Lunatic asylums Punjab 1911-1921 - 1911-1921
Year: 1911
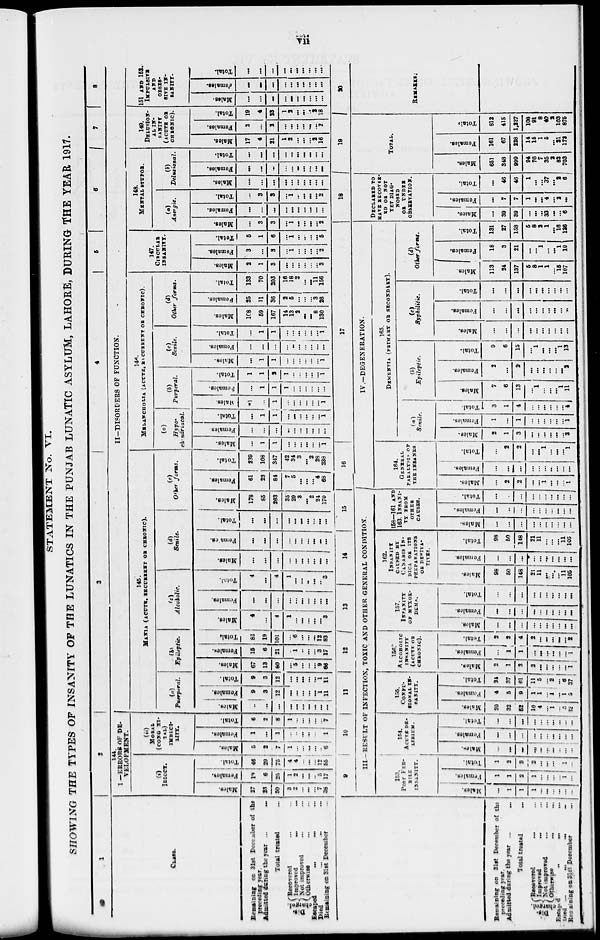
vii
STATEMENT No. VI.
SHOWING THE TYPES OF INSANITY OF THE LUNATICS IN THE PUNJAB LUNATIC ASYLUM, LAHORE, DURING THE YEAR 1917.
1
CLASS.
Remaining on 31st December of the
preceding year.
Admitted during the year
...
...
Total treated ...
Dis-
charged.
Recovered ... ...
Improved
...
...
Not improved ... ...
Otherwise ... ...
Escaped ... ... ...
Died ... ... ...
Remaining on 31st December ...
2
144.
I—ERRORS OF DE-
VELOPMENT-
(i)
IDIOCY.
Males.
27
23
50
3
2
...
...
...
7
38
Females.
19
6
25
1
2
...
...
...
5
17
Total.
46
29
75
4
4
...
...
...
12
55
(ii)
MORAL
(CONG NI-
TAL
IMBECI-
LITY.
Males.
5
2
7
1
...
...
...
...
...
6
Females.
1
...
1
...
...
...
...
...
...
1
Total.
6
2
8
1
...
...
...
...
...
7
3
4
5
6
7
8
II-DISORDERS OF FUNCTION.
145.
MANIA (ACUTE, RECURRENT OR CHRONIC).
(a)
Puerperal.
Males.
...
...
...
...
...
...
...
...
...
...
Females.
9
3
12
...
...
...
...
...
1
11
Total.
9
3
12
...
...
...
...
...
1
11
(b)
Epileptic.
Males.
67
13
80
...
5
...
...
...
9
66
Females.
15
6
21
...
1
...
...
...
3
17
Total.
82
19
101
...
6
...
...
...
12
83
(c)
Alcoholic.
Males.
4
...
4
1
...
...
...
...
...
3
Females.
...
...
...
...
...
...
...
...
...
...
Total.
4
...
4
1
...
...
...
...
...
3
(d)
Senile.
Males.
...
...
...
...
...
...
...
...
...
...
Females.
...
...
...
...
...
...
...
...
...
...
Total.
...
...
...
...
...
...
...
...
...
...
(e)
Other forms.
Males.
178
85
263
35
29
3
...
2
24
170
Females.
61
23
84
7
5
...
...
...
4
68
Total.
239
108
347
42
34
3
...
2
28
238
146.
MELANCHOLIA (ACUTE, RECURRENT OR CHRONIC).
(a)
Hypo-
chondriacal.
Males.
...
1
1
...
...
...
...
...
...
1
Females.
...
...
...
...
...
...
...
...
...
...
Total.
...
1
1
...
...
...
...
...
...
1
(b)
Purperal.
Males.
1
...
1
1
...
...
...
...
...
1
Females.
...
1
1
1
...
...
...
...
...
...
Total.
1
1
2
1
...
...
...
...
...
1
(c)
Senile.
Males.
...
1
1
...
...
...
...
...
...
1
Females.
...
...
...
...
...
...
...
...
...
...
Total.
...
1
1
...
...
...
...
...
...
1
(d)
Other forms.
Males.
168
59
167
14
13
2
...
...
8
130
Females.
25
11
36
2
5
...
...
...
3
26
Total.
133
70
203
16
18
2
...
...
11
156
147.
CIRCULAR
INSANITY.
Males.
2
1
3
...
...
...
...
...
...
3
Females.
3
...
3
...
1
...
...
...
...
2
Total.
5
1
6
...
1
...
...
...
...
5
148.
MENTAL STUPOR.
(a)
Anergic.
Males.
...
3
3
...
1
...
...
...
...
2
Females.
...
...
...
...
...
...
...
...
...
...
Total.
...
3
3
...
1
...
...
...
...
2
(b)
Delusional.
Males.
...
...
...
...
...
...
...
...
...
...
Females.
...
...
...
...
...
...
...
...
...
...
Total.
...
...
...
...
...
...
...
...
...
...
149.
DELUSION-
AL IN-
SANITY
(ACUTE OR
CHRONIC).
Males.
17
4
21
1
2
...
...
...
2
16
Females.
2
...
2
...
...
...
...
...
...
2
Total.
19
4
23
1
2
...
...
...
2
18
151 AND 152.
IMPULSIVE
AND
OBSES-
SIVE IN-
SANITY.
Males.
...
...
...
...
...
...
...
...
...
...
Females.
...
...
...
...
...
...
...
...
...
...
Total.
...
...
...
...
...
...
...
...
...
...
Remaining on 31st December of the
preceding year.
Admitted during the year
...
...
Total treated
...
Dis-
charged.
Recovered ... ...
Improved
...
...
Not improved ... ...
Otherwise
...
...
Escaped
...
...
...
Died
...
...
...
Remaining on 31st December ...
9
10
11
12
13
14
15
III -RESULT OF INFECTION, TOXIC AND OTHER GENERAL CONDITION.
153.
POST FEB-
RILE
INSANITY.
Males.
...
1
1
1
...
...
...
...
...
...
Females.
1
1
2
1
...
...
...
...
1
...
Total.
1
2
3
2
...
...
...
...
1
...
154.
ACUTE DE-
LIRIUM.
Males.
...
...
...
...
...
...
...
...
...
...
Females.
...
...
...
...
...
...
...
...
...
...
Total.
...
...
...
...
...
...
...
...
...
...
155.
CONFU-
SIONAL
IN-
SANITY.
Males.
20
32
52
10
4
...
1
...
5
32
Females.
4
5
9
1
1
...
1
...
1
5
Total.
24
37
61
11
5
...
2
...
6
37
156.
ALCOHOLIC
INSANITY
(ACUTE OR
CHRONIC).
Males.
2
1
3
2
...
...
...
...
...
1
Females.
...
1
1
...
...
...
...
...
...
1
Total.
2
2
4
2
...
...
...
...
...
2
157.
INSANITY
OF MYXOE-
DEMA.
Males.
...
...
...
...
...
...
...
...
...
...
Females.
...
...
...
...
...
...
...
...
...
...
Total.
...
...
...
...
...
...
...
...
...
...
162.
INSANITY
CAUSED BY
CANABIS IN-
DICA OR ITS
PREPARATIONS
OR DERIVA-
TIVES.
Males.
98
50
148
21
11
...
...
...
11
105
Females.
...
...
...
...
...
...
...
...
...
...
Total.
98
50
148
21
11
...
...
...
11
105
158—161 AND
163. INSANI-
-- FROM
OTHER
CAUSES.
Males.
...
...
...
...
...
...
...
...
...
...
Females.
...
...
...
...
...
...
...
...
...
...
Total.
...
...
...
...
...
...
...
...
...
...
16
17
IV .-DEGENERATION.
164.
GENERAL
PARALYSIS OF
THE INSANES.
Males.
...
2
2
...
...
1
...
...
...
1
Females.
...
...
...
...
...
...
...
...
...
...
Total.
...
2
2
...
...
1
...
...
...
1
165.
DEMENTIA (PRIMARY OR SECONDARY).
(a)
Senile.
Males.
2
1
3
...
...
...
...
...
...
3
Females.
1
...
1
...
...
...
...
...
...
1
Total.
3
1
4
...
...
...
...
...
...
4
(b)
Epileptic.
Males.
7
6
13
...
1
...
...
...
1
11
Females.
2
...
2
...
...
...
...
...
...
2
Total.
9
6
15
...
1
...
...
...
1
13
(c)
Syphilitic.
Males.
...
...
...
...
...
...
...
...
...
...
Females.
...
...
...
...
...
...
...
...
...
...
Total.
...
...
...
...
...
...
...
...
...
...
(d)
Other forms.
Males.
113
24
137
5
8
1
1
...
15
107
Females.
18
3
21
...
...
1
...
...
1
19
Total.
131
27
158
5
8
2
1
...
16
126
18
DECLARED TO
HAVE RECOVER-
ED OR NOT
YET DIAG-
NOSED
OR UNDER
OBSERVATION.
Males.
...
39
39
...
...
...
33
...
...
6
Females.
...
7
7
1
...
...
4
...
2
...
Total.
...
46
46
1
...
...
37
...
2
6
19
TOTAL.
Males.
651
348
999
94
76
7
35
2
82
703
Females.
161
67
228
14
15
1
5
...
21
172
Total.
812
415
1,227
108
91
8
40
2
103
875
20
REMARKS.